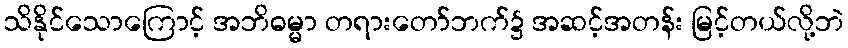
သိနိုင်သောကြောင့် အဘိဓမ္မာ တရားတော်ဘက်၌ အဆင့်အတန်း မြင့်တယ်လို့ဘဲ